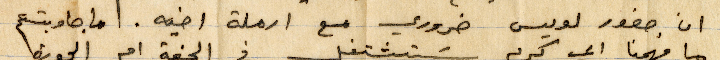
ان صغور لويس ضرورة مع ارملة أخيه. اما جاوبتم